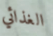
الغذائي